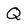
Character: Q